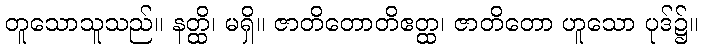
တူသောသူသည်။ နတ္ထိ၊ မရှိ။ ဇာတိတောတိဧတ္ထ၊ ဇာတိတော ဟူသော ပုဒ်၌။